Civil Veterinary Department ledger series I-VI
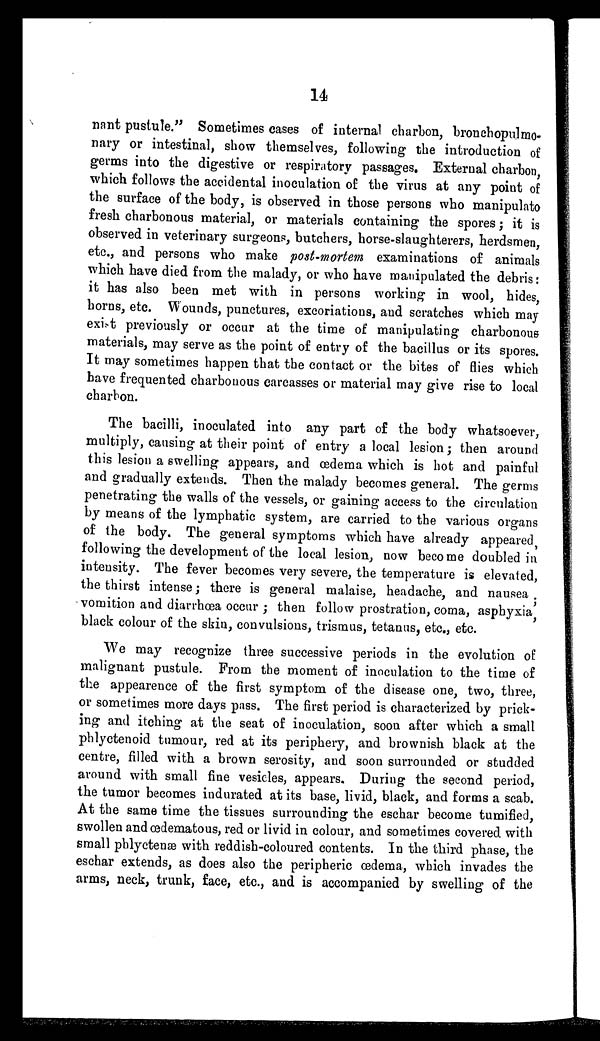
14
want pustule." Sometimes cases of internal charbon, bronchopulmo-
nary or intestinal, show themselves, following the introduction of
germs into the digestive or respiratory passages. External charbon,
which follows the accidental inoculation of the virus at any point of
the surface of the body, is observed in those persons who manipulato
fresh charbonous material, or materials containing the spores; it is
observed in veterinary surgeons, butchers, horse-slaughterers, herdsmen,
etc., and persons who make post-mortem examinations of animals
which have died from the malady, or who have manipulated the debris:
it has also been met with in persons working in wool, hides,
horns, etc. Wounds, punctures, excoriations, and scratches which may
exist previously or occur at the time of manipulating charbonous
materials, may serve as the point of entry of the bacillus or its spores.
It may sometimes happen that the contact or the bites of flies which
have frequented charbonous carcasses or material may give rise to local
charbon.
The bacilli, inoculated into any part of the body whatsoever,
multiply, causing at their point of entry a local lesion; then around
this lesion a swelling appears, and œdema which is hot and painful
and gradually extends. Then the malady becomes general. The germs
penetrating the walls of the vessels, or gaining access to the circulation
by means of the lymphatic system, are carried to the various organs
of the body. The general symptoms which have already appeared,
following the development of the local lesion, now become doubled in
intensity. The fever becomes very severe, the temperature is elevated,
the thirst intense; there is general malaise, headache, and nausea;
vomition and diarrhœa occur; then follow prostration, coma, asphyxia
black colour of the skin, convulsions, trismus, tetanus, etc., etc.
We may recognize three successive periods in the evolution of
malignant pustule. From the moment of inoculation to the time of
the appearence of the first symptom of the disease one, two, three,
or sometimes more days pass. The first period is characterized by prick-
ing and itching at the seat of inoculation, soon after which a small
phlyctenoid tumour, red at its periphery, and brownish black at the
centre, filled with a brown serosity, and soon surrounded or studded
around with small fine vesicles, appears. During the second period,
the tumor becomes indurated at its base, livid, black, and forms a scab.
At the same time the tissues surrounding the eschar become tumified,
swollen and œdematous, red or livid in colour, and sometimes covered with
small pblyetenæ with reddish-coloured contents. In the third phase, the
eschar extends, as does also the peripheric œdema, which invades the
arms, neck, trunk, face, etc., and is accompanied by swelling of the